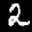
Label: 2